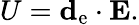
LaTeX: U=\mathbf{d}_{\mathrm{{e}}}\cdot\mathbf{E}.